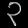
Digit: ၃